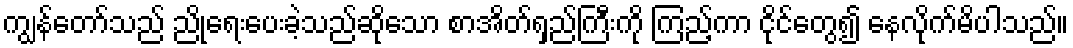
ကျွန်တော်သည် ညိုရေးပေးခဲ့သည်ဆိုသော စာအိတ်ရှည်ကြီးကို ကြည့်ကာ ငိုင်တွေ၍ နေလိုက်မိပါသည်။